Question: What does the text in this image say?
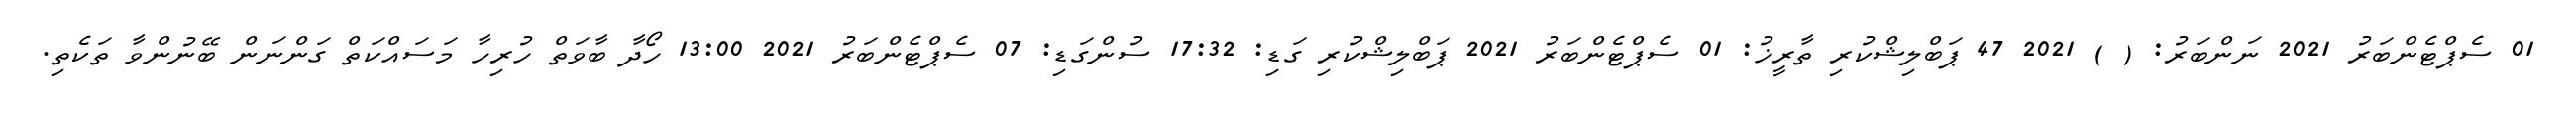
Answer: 01 ސެޕްޓެންބަރު 2021 ނަންބަރު: ( ) 2021 47 ޕަބްލިޝްކުރި ތާރީޚު: 01 ސެޕްޓެންބަރު 2021 ޕަބްލިޝްކުރި ގަޑި: 17:32 ސުންގަޑި: 07 ސެޕްޓެންބަރު 2021 13:00 ހޯދާ ބާވަތް ހުރިހާ މަސައްކަތް ގަންނަން ބޭނުންވާ ތަކެތި.